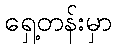
ရှေ့တန်းမှာ